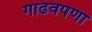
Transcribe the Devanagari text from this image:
गाढवपणा